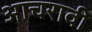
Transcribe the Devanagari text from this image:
आचरावी